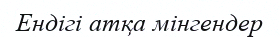
Ендігі атқа мінгендер